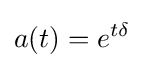
a(t)=e^{t\delta }